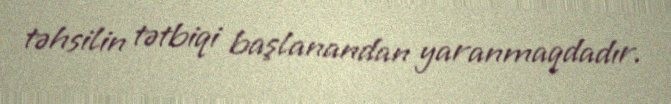
təhsilin tətbiqi başlanandan yaranmaqdadır.